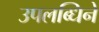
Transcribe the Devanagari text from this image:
उपलब्धिने